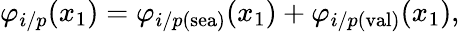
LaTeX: \varphi_{i/p}(x_{1})=\varphi_{i/p(\mathrm{sea})}(x_{1})+\varphi_{i/p(\mathrm{val})}(x_{1}),